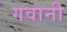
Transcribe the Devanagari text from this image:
गवानी